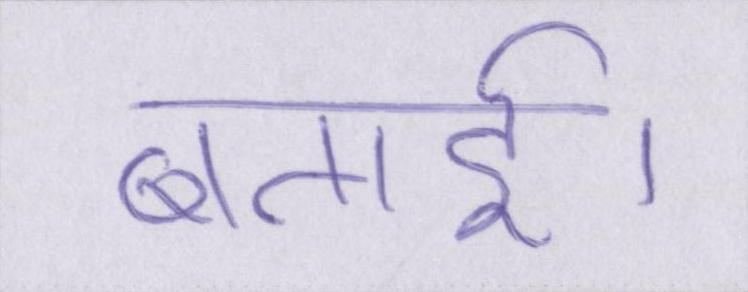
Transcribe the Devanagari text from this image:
बताई।